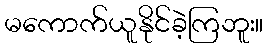
မကောက်ယူနိုင်ခဲ့ကြဘူး။